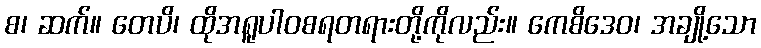
စ၊ ဆက်။ တေပိ၊ ထိုအရူပါဝစရတရားတို့ကိုလည်း။ ကေစိဒေဝ၊ အချို့သော